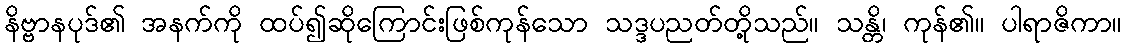
နိဗ္ဗာနပုဒ်၏ အနက်ကို ထပ်၍ဆိုကြောင်းဖြစ်ကုန်သော သဒ္ဒပညတ်တို့သည်။ သန္တိ၊ ကုန်၏။ ပါရာဇိကာ။